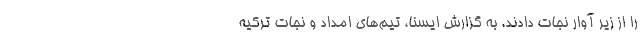
را از زیر آوار نجات دادند. به گزارش ایسنا، تیم‌های امداد و نجات ترکیه